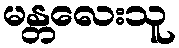
မန္တလေးသူ